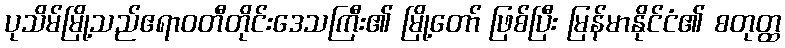
ပုသိမ်မြို့သည်ဧရာဝတီတိုင်းဒေသကြီး၏ မြို့တော် ဖြစ်ပြီး မြန်မာနိုင်ငံ၏ စတုတ္ထ